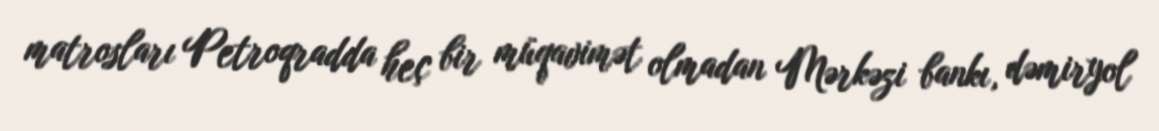
matrosları Petroqradda heç bir müqavimət olmadan Mərkəzi bankı, dəmiryol